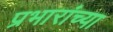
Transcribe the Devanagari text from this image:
प्रभारांच्या